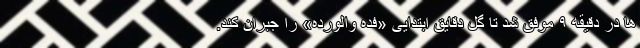
ها در دقیقه ۹ موفق شد تا گل دقایق ابتدایی «فده والورده» را جبران کند.